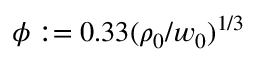
\phi : = 0 . 3 3 ( \rho _ { 0 } / w _ { 0 } ) ^ { 1 / 3 }